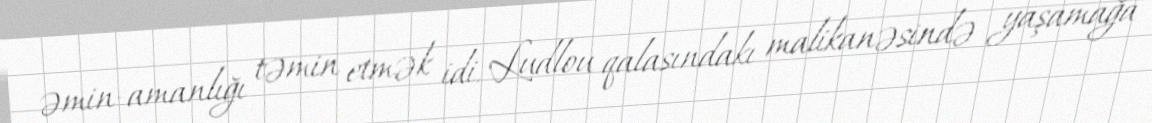
əmin-amanlığı təmin etmək idi. Ludlou qalasındakı malikanəsində yaşamağa